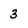
Character: 3